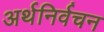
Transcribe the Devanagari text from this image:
अर्थनिर्वचन